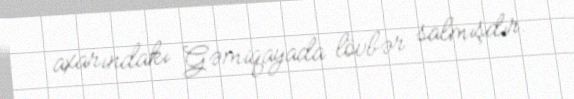
axarındakı Gəmiqayada lövbər salmışdır.